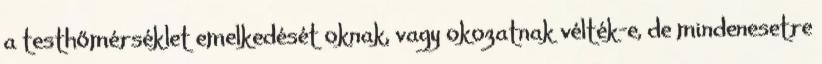
a testhőmérséklet emelkedését oknak, vagy okozatnak vélték-e, de mindenesetre